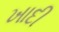
ખાદી